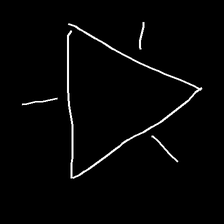
Glyph: fire